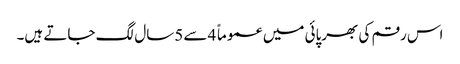
اس رقم کی بھرپائی میں عموماً 4سے 5سال لگ جاتے ہیں۔